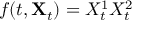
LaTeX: f ( t , \mathbf { X } _ { t } ) = X _ { t } ^ { 1 } X _ { t } ^ { 2 }